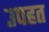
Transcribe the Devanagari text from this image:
उपहत